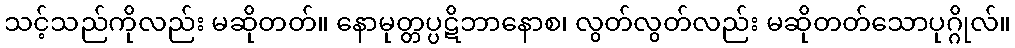
သင့်သည်ကိုလည်း မဆိုတတ်။ နောမုတ္တပ္ပဋိဘာနောစ၊ လွတ်လွတ်လည်း မဆိုတတ်သောပုဂ္ဂိုလ်။